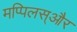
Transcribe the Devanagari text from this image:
मप्पिलस्और